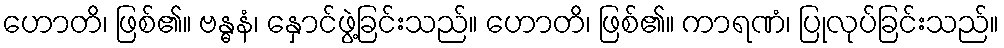
ဟောတိ၊ ဖြစ်၏။ ဗန္ဓနံ၊ နှောင်ဖွဲ့ခြင်းသည်။ ဟောတိ၊ ဖြစ်၏။ ကာရဏံ၊ ပြုလုပ်ခြင်းသည်။